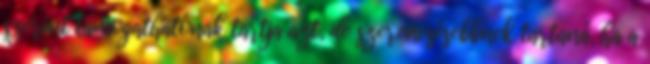
szerint támogathatónak tartja azt, de szerencsésebbnek tartaná, ha a